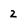
Character: 2